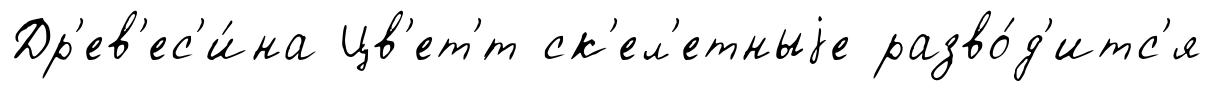
Др'ев'ес'и́на Цв'ет'́т ск'ел'етныjе разво́д'итс'я